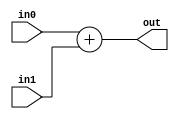
module coreir_add #(
    parameter width = 1
) (
    input [width-1:0] in0,
    input [width-1:0] in1,
    output [width-1:0] out
);
  assign out = in0 + in1;
endmodule

module coreir_add8_wrapped (
    input [7:0] I0,
    input [7:0] I1,
    output [7:0] O
);
wire [7:0] coreir_add8_inst0_out;
coreir_add #(
    .width(8)
) coreir_add8_inst0 (
    .in0(I0),
    .in1(I1),
    .out(coreir_add8_inst0_out)
);
assign O = coreir_add8_inst0_out;
endmodule